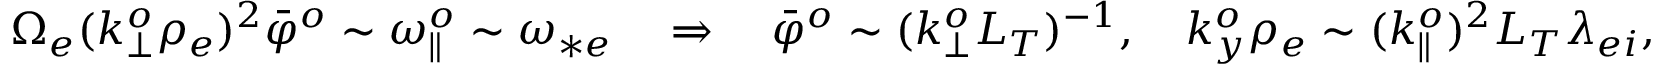
\begin{array} { r } { \Omega _ { e } ( k _ { \perp } ^ { o } \rho _ { e } ) ^ { 2 } \bar { \varphi } ^ { o } \sim \omega _ { \parallel } ^ { o } \sim \omega _ { * e } \quad \Rightarrow \quad \bar { \varphi } ^ { o } \sim ( k _ { \perp } ^ { o } L _ { T } ) ^ { - 1 } , \quad k _ { y } ^ { o } \rho _ { e } \sim ( k _ { \parallel } ^ { o } ) ^ { 2 } L _ { T } \lambda _ { e i } , } \end{array}